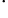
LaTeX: ^\cdot